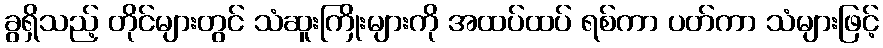
ခွရှိသည့် တိုင်များတွင် သံဆူးကြိုးများကို အထပ်ထပ် ရစ်ကာ ပတ်ကာ သံများဖြင့်